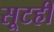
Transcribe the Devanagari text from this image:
सूटही